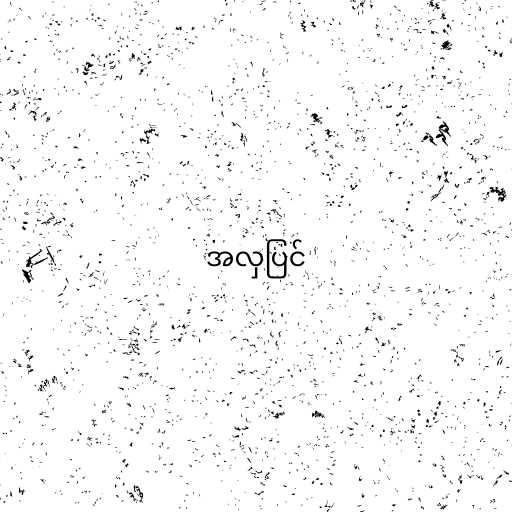
အလှပြင်